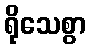
ရိုသေစွာ